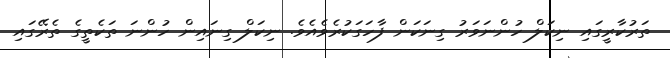
ތަރުކާރީގައި ނިކަލް ހުންނަވަރު ގިނަކަން ފާހަގަކުރެވެއެވެ. ނިކަލް ގިނައިން ހުންނަ ތަކެތީގެ ތެރޭގައި